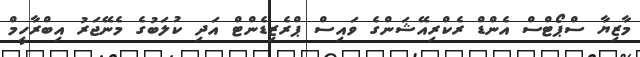
މާޒިޔާ ސްޕޯޓްސް އެންޑް ރެކްރިއޭޝަންގެ ވައިސް ޕްރެޒިޑެންޓް އަދި ކުލަބުގެ މެނޭޖަރު އިބްރާހީމް